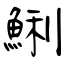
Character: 鯏